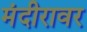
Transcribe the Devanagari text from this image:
मंदीरावर